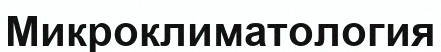
Микроклиматология